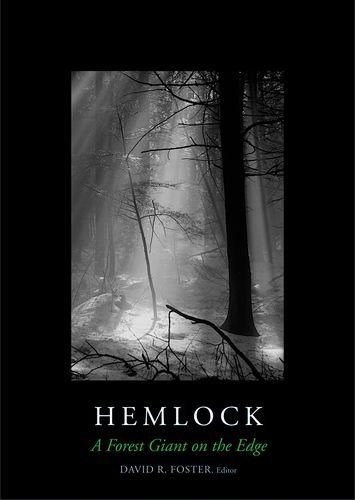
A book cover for Hemlock: A Forest Giant on the Edge; Anthony D'Amato; Science & Math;